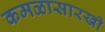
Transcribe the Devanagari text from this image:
कमळासारखी